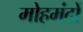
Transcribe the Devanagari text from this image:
मोहमंदों